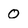
Character: 0